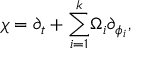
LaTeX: \chi = \partial _ { t } + { { { \sum _ { i = 1 } ^ { k } } } } \Omega _ { i } \partial _ { \phi _ { i } } ,